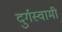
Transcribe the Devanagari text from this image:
दुर्गस्वामी